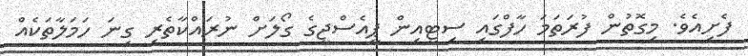
ފެށިއެވެ. މިގޮތުން ފުރަތަމަ ހާފްގައި ސިޓީއިން ޕީއެސްޖީގެ ގޯލަށް ނުރައްކާތެރި ގިނަ ހަމަލާތަކެއް